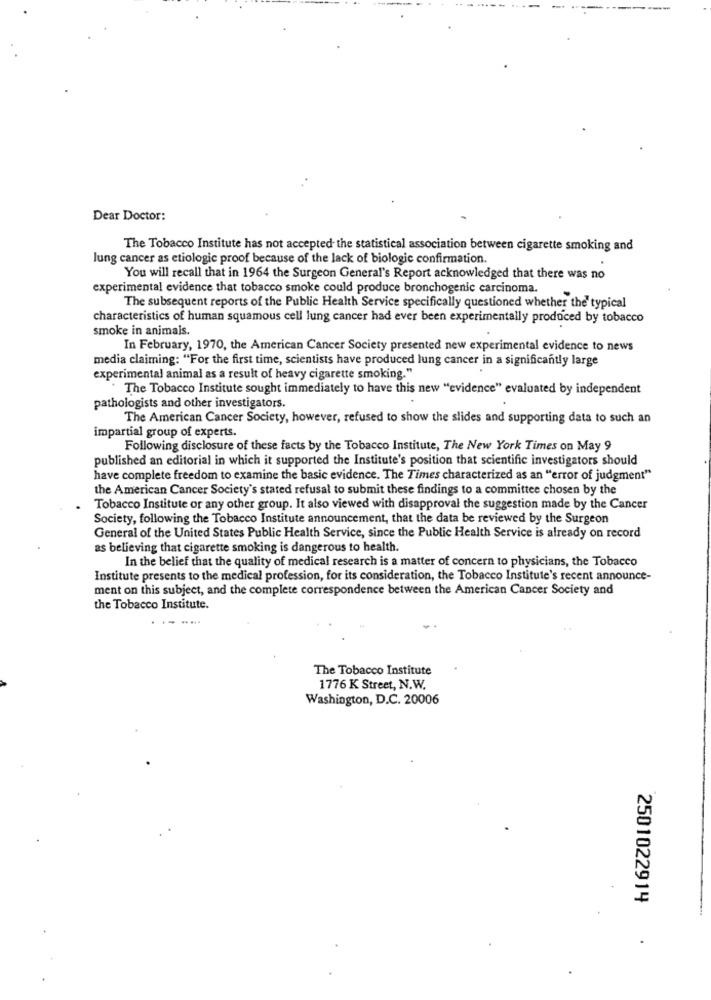
Dear Doctor:
The Tobacco Institute has not accepted the statistical association between cigarette smoking and
lung cancer as etiologic proof because of the lack of biologic confirmation.
You will recall that in 1964 the Surgeon General's Report acknowledged that there was no
experimental evidence that tobacco smoke could produce bronchogenic carcinoma.
The subsequent reports of the Public Health Service specifically questioned whether the typical
characteristics of human squamous cell lung cancer had ever been experimentally produced by tobacco
smoke in animals.
In February, 1970, the American Cancer Society presented new experimental evidence to news
media claiming: "For the first time, scientists have produced lung cancer in a significantly large
experimental animal as a result of heavy cigarette smoking."
The Tobacco Institute sought immediately to have this new "evidence" evaluated by independent
pathologists and other investigators.
The American Cancer Society, however, refused to show the slides and supporting data to such an
impartial group of experts.
Following disclosure of these facts by the Tobacco Institute, The New York Times on May 9
published an editorial in which it supported the Institute's position that scientific investigators should
have complete freedom to examine the basic evidence. The Times characterized as an "error of judgment"
the American Cancer Society's stated refusal to submit these findings to a committee chosen by the
Tobacco Institute or any other group. It also viewed with disapproval the suggestion made by the Cancer
Society, following the Tobacco Institute announcement, that the data be reviewed by the Surgeon
General of the United States Public Health Service, since the Public Health Service is already on record
as believing that cigarette smoking is dangerous to health.
In the belief that the quality of medical research is a matter of concern to physicians, the Tobacco
Institute presents to the medical profession, for its consideration, the Tobacco Institute's recent announce-
ment on this subject, and the complete correspondence between the American Cancer Society and
the Tobacco Institute.
.. ...
The Tobacco Institute
1776 K Street, N.W.
Washington, D.C. 20006
2501022914